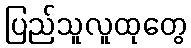
ပြည်သူလူထုတွေ